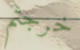
خرجتم